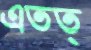
এতত্